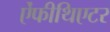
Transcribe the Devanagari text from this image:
ऐंफीथिएटर